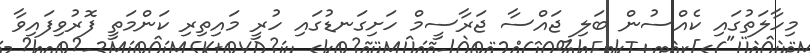
މިހާލަތުގައި ކެއްސުން ބަލި ޖައްސާ ޖަރާސީމް ހަށިގަނޑުގައި ހުރީ މައިތިރި ކަންމަތީ ފޮރުވިފައިވާ